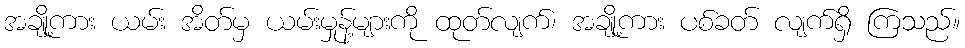
အချို့ကား ယမ်း အိတ်မှ ယမ်းမှုန့်များကို ထုတ်လျက်၊ အချို့ကား ပစ်ခတ် လျက်ရှိ ကြသည်။